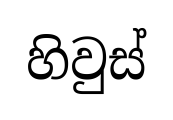
හිවුස්